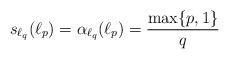
LaTeX: \begin{align*}s_{\ell_q}(\ell_p)=\alpha_{\ell_q}(\ell_p)=\frac{\max\{p,1\}}{q}\end{align*}